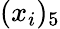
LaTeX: (x_{i})_{5}